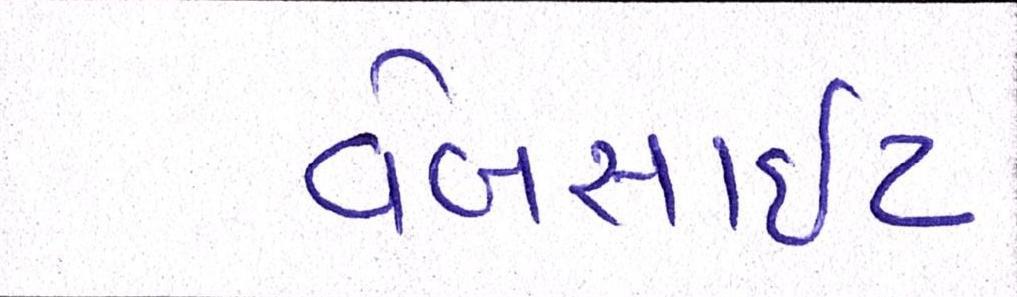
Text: વેબસાઈટ